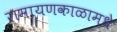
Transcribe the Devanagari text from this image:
रामायणकाळामधे